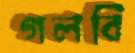
গলবি